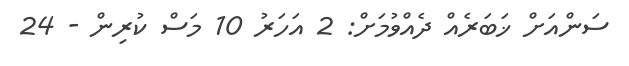
ސަންއަށް ޚަބަރެއް ދެއްވުމަށް: 2 އަހަރު 10 މަސް ކުރިން - 24